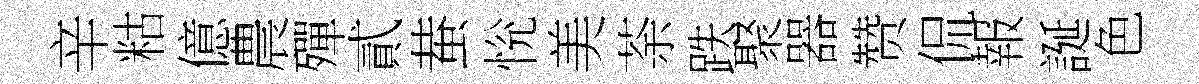
辛䊀億農殫貳蛬恱美荼跌聚器赞侃報誕色